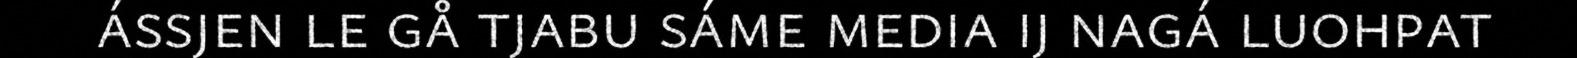
ássjen le gå tjabu sáme media ij nagá luohpat